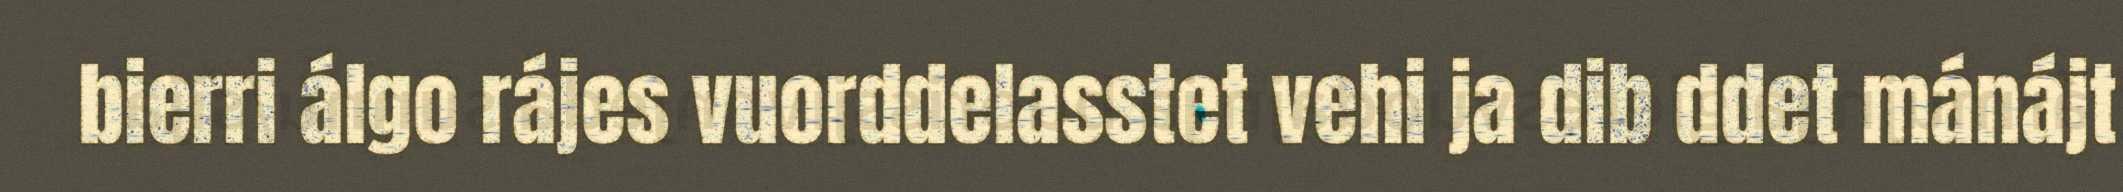
bierri álgo rájes vuorddelasstet vehi ja dib ddet mánájt